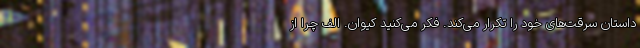
داستان سرقت‌های خود را تکرار می‌کند. فکر می‌کنید کیوان. الف چرا از